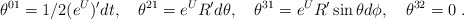
\begin{align*}\theta^{01} =1/2 (e^{U})' dt, \quad \theta^{21} = e^U R' d\theta,\quad\theta^{31} = e^U R'\sin\theta d\phi, \quad \theta^{32} = 0\ .\end{align*}